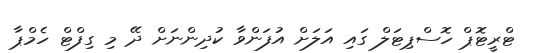
ޓްރީޓޮޕް ހޮސްޕިޓަލް ގައި އަލަށް އުފަންވާ ކުދިންނަށް ދޭ މި ގިފްޓް ހެމްޕާ